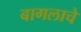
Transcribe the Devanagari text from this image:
बागलाचे